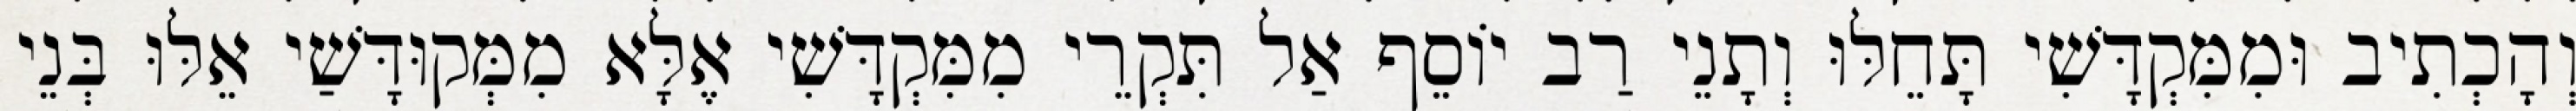
וְהָכְתִיב וּמִמִּקְדָּשִׁי תָּחֵלּוּ וְתָנֵי רַב יוֹסֵף אַל תִּקְרֵי מִמִּקְדָּשִׁי אֶלָּא מִמְּקוּדָּשַׁי אֵלּוּ בְּנֵי